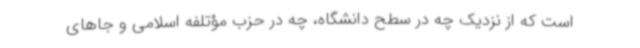
است که از نزدیک چه در سطح دانشگاه، چه در حزب مؤتلفه اسلامی و جاهای